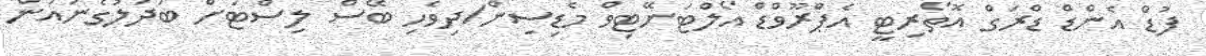
ފުޑް އެންޑް ޑްރަގް އޮތޯރިޓީ އެޕްރޫވްޑް އޯލްޓަނޭޓިވް މެޑިސިން/ދިވެހި ބޭސް ލިސްޓަށް ބަދަލުގެނައުން